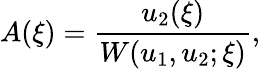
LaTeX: A(\xi)={\frac{u_{2}(\xi)}{W(u_{1},u_{2};\xi)}},